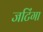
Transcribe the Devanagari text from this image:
जटिंगा